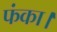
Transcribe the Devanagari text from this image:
फंका।